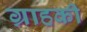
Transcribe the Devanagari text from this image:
ग्राहकी